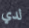
لدي